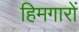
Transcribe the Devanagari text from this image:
हिमगारों